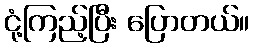
ငုံ့ကြည့်ပြီး ပြောတယ်။